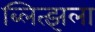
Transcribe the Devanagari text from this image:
ब्लित्झला